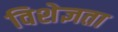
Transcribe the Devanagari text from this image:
विशेज्ञता